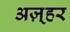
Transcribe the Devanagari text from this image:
अज़्हर